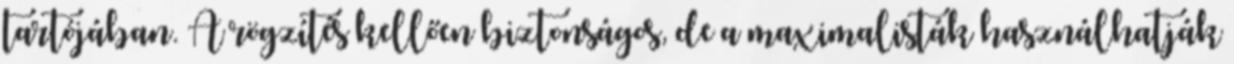
tartójában. A rögzítés kellően biztonságos, de a maximalisták használhatják